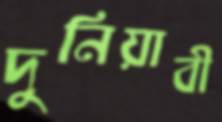
দুনিয়াবী